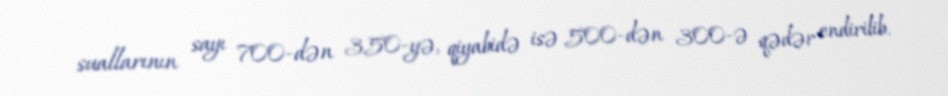
suallarının sayı 700-dən 350-yə, qiyabidə isə 500-dən 300-ə qədər endirilib.